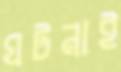
ঘটনাই